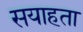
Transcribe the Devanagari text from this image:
सयाहता